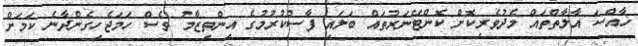
ޚާއްސަ އާލާތްތައް މެދުވެރިކޮށް ކޮންޓޭނަރުތައް ބަލައި ފާސްކުރުމުގެ އިންތިޒާމު ވެސް ހަމަޖެހިގެންދާނެ ކަމަށް